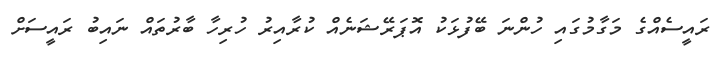
ރައީސެއްގެ މަގާމުގައި ހުންނަ ބޭފުޅަކު އޮޕަރޭޝަނެއް ކުރާއިރު ހުރިހާ ބާރުތައް ނައިބު ރައީސަށް